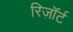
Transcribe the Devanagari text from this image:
रिज़ाॅर्ट